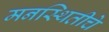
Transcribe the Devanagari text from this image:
मनस्थितीचे